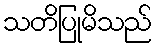
သတိပြုမိသည်